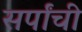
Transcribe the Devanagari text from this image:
सर्पांची